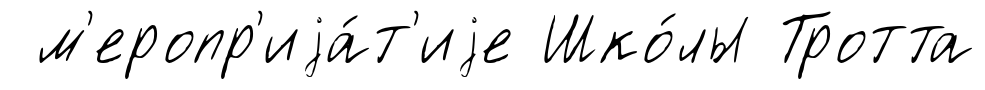
м'еропр'иjа́т'иjе Шко́лы Тротта